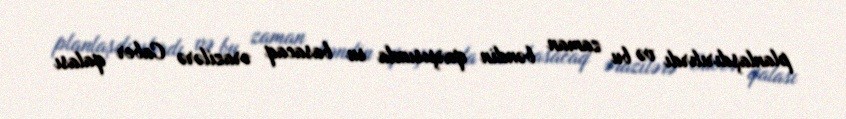
planlaşdırılırdı və bu zaman bəndin qarşısında su basacaq ərazilərə Caber qalası